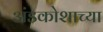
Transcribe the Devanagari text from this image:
अंडकोशाच्या